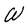
Character: W